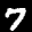
Label: 7